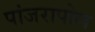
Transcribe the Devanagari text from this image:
पांजरापोल